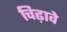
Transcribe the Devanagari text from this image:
चिढ़ावे